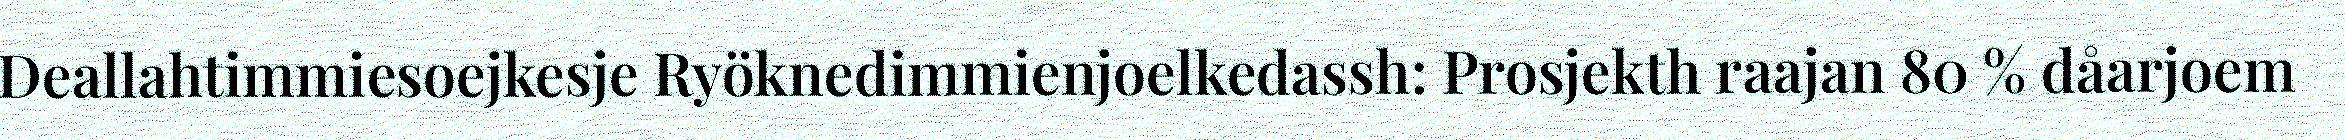
Deallahtimmiesoejkesje Ryöknedimmienjoelkedassh: Prosjekth raajan 80 % dåarjoem